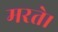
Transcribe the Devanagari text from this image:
मरते।